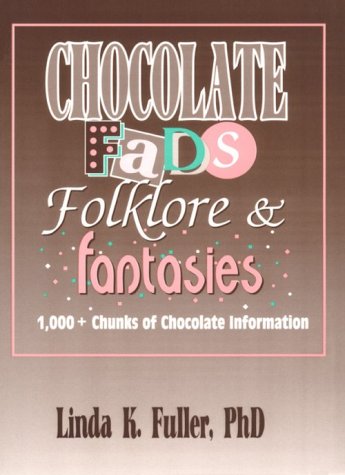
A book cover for Chocolate Fads, Folklore & Fantasies: 1,000+ Chunks of Chocolate Information; Frank Hoffmann; Cookbooks, Food & Wine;